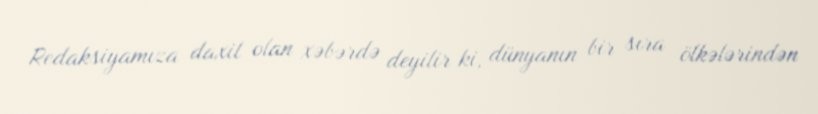
Redaksiyamıza daxil olan xəbərdə deyilir ki, dünyanın bir sıra ölkələrindən